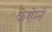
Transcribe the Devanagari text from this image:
केगेम्ने